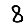
Digit: 8